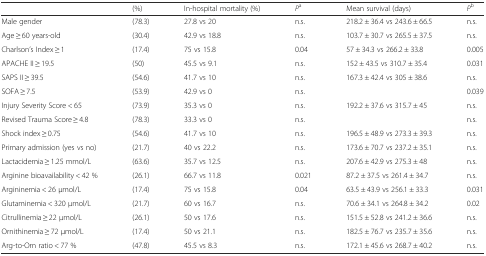
<table><thead><tr><td></td><td><b>(%)</b></td><td><b>In-hospital mortality (%)</b></td><td><b><i>P</i><sup>a</sup></b></td><td><b>Mean survival (days)</b></td><td><b><i>P</i><sup>b</sup></b></td></tr></thead><tbody><tr><td>Male gender</td><td>(78.3)</td><td>27.8 vs 20</td><td>n.s.</td><td>218.2 ± 36.4 vs 243.6 ± 66.5</td><td>n.s.</td></tr><tr><td>Age ≥ 60 years-old</td><td>(30.4)</td><td>42.9 vs 18.8</td><td>n.s.</td><td>103.7 ± 30.7 vs 265.5 ± 37.5</td><td>n.s.</td></tr><tr><td>Charlson’s Index ≥ 1</td><td>(17.4)</td><td>75 vs 15.8</td><td>0.04</td><td>57 ± 34.3 vs 266.2 ± 33.8</td><td>0.005</td></tr><tr><td>APACHE II ≥ 19.5</td><td>(50)</td><td>45.5 vs 9.1</td><td>n.s.</td><td>152 ± 43.5 vs 310.7 ± 35.4</td><td>0.031</td></tr><tr><td>SAPS II ≥ 39.5</td><td>(54.6)</td><td>41.7 vs 10</td><td>n.s.</td><td>167.3 ± 42.4 vs 305 ± 38.6</td><td>n.s.</td></tr><tr><td>SOFA ≥ 7.5</td><td>(53.9)</td><td>42.9 vs 0</td><td>n.s.</td><td></td><td>0.039</td></tr><tr><td>Injury Severity Score &lt; 65</td><td>(73.9)</td><td>35.3 vs 0</td><td>n.s.</td><td>192.2 ± 37.6 vs 315.7 ± 45</td><td>n.s.</td></tr><tr><td>Revised Trauma Score ≥ 4.8</td><td>(78.3)</td><td>33.3 vs 0</td><td>n.s.</td><td></td><td>n.s.</td></tr><tr><td>Shock index ≥ 0.75</td><td>(54.6)</td><td>41.7 vs 10</td><td>n.s.</td><td>196.5 ± 48.9 vs 273.3 ± 39.3</td><td>n.s.</td></tr><tr><td>Primary admission (yes vs no)</td><td>(21.7)</td><td>40 vs 22.2</td><td>n.s.</td><td>173.6 ± 70.7 vs 237.2 ± 35.1</td><td>n.s.</td></tr><tr><td>Lactacidemia ≥ 1.25 mmol/L</td><td>(63.6)</td><td>35.7 vs 12.5</td><td>n.s.</td><td>207.6 ± 42.9 vs 275.3 ± 48</td><td>n.s.</td></tr><tr><td>Arginine bioavailability &lt; 42 %</td><td>(26.1)</td><td>66.7 vs 11.8</td><td>0.021</td><td>87.2 ± 37.5 vs 261.4 ± 34.7</td><td>n.s.</td></tr><tr><td>Argininemia &lt; 26 μmol/L</td><td>(17.4)</td><td>75 vs 15.8</td><td>0.04</td><td>63.5 ± 43.9 vs 256.1 ± 33.3</td><td>0.031</td></tr><tr><td>Glutaminemia &lt; 320 μmol/L</td><td>(21.7)</td><td>60 vs 16.7</td><td>n.s.</td><td>70.6 ± 34.1 vs 264.8 ± 34.2</td><td>0.02</td></tr><tr><td>Citrullinemia ≥ 22 μmol/L</td><td>(26.1)</td><td>50 vs 17.6</td><td>n.s.</td><td>151.5 ± 52.8 vs 241.2 ± 36.6</td><td>n.s.</td></tr><tr><td>Ornithinemia ≥ 72 μmol/L</td><td>(17.4)</td><td>50 vs 21.1</td><td>n.s.</td><td>182.5 ± 76.7 vs 235.7 ± 35.6</td><td>n.s.</td></tr><tr><td>Arg-to-Orn ratio &lt; 77 %</td><td>(47.8)</td><td>45.5 vs 8.3</td><td>n.s.</td><td>172.1 ± 45.6 vs 268.7 ± 40.2</td><td>n.s.</td></tr></tbody></table>